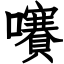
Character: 㘔